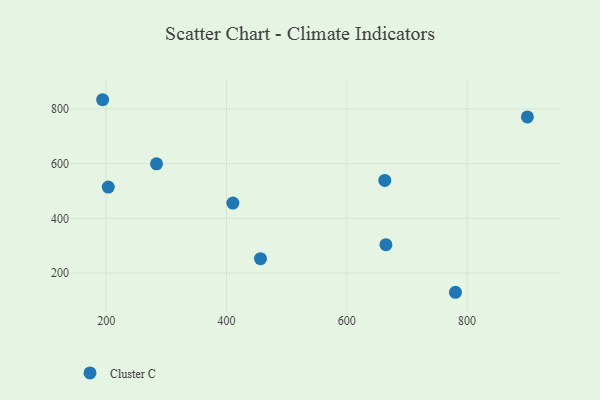
{"axis": {"x": "Price", "y": "Exam Score"}, "legend": ["Cluster C"], "data": [{"x": "283.6", "y": 599.5, "type": "Cluster C"}, {"x": "410.6", "y": 456.1, "type": "Cluster C"}, {"x": "203.4", "y": 514.6, "type": "Cluster C"}, {"x": "900.3", "y": 770.8, "type": "Cluster C"}, {"x": "665.1", "y": 303.8, "type": "Cluster C"}, {"x": "780.7", "y": 129.9, "type": "Cluster C"}, {"x": "663.2", "y": 538.7, "type": "Cluster C"}, {"x": "456.5", "y": 252.6, "type": "Cluster C"}, {"x": "194.0", "y": 833.8, "type": "Cluster C"}]}